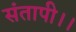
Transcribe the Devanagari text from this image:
संतापी।।